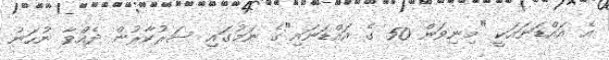
އެ އައްޑަނައަކީ "މިނިވަން 50 ގެ އައްޑަނައި"ގެ ނަމުގައި ސަރުކާރުން ދެއްވާ ނުހަނު